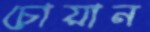
চোয়ান